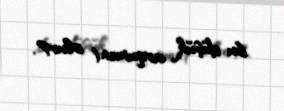
bu düşük arqument olur?.